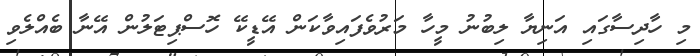
މި ހާދިސާގައި އަނިޔާ ލިބުނު މީހާ މަރުވެފައިވާކަން އޭޑީކޭ ހޮސްޕިޓަލުން އޭނާ ބެއްލެވި